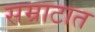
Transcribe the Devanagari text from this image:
सम्राटात